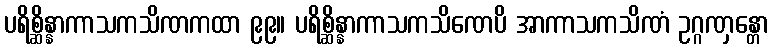
ပရိစ္ဆိန္နာကာသကသိဏကထာ ၉၉။ ပရိစ္ဆိန္နာကာသကသိဏေပိ အာကာသကသိဏံ ဥဂ္ဂဏှန္တော